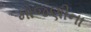
મોજણીના